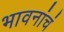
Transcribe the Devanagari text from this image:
भावनांचं